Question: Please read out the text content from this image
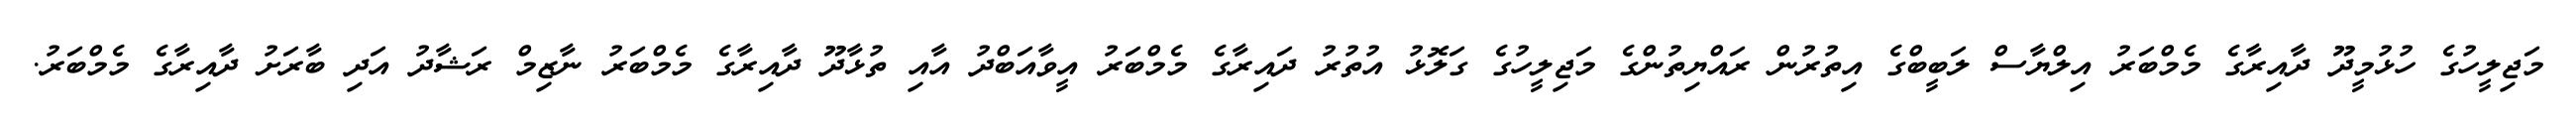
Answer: މަޖިލީހުގެ ހުޅުމީދޫ ދާއިރާގެ މެމްބަރު އިލްޔާސް ލަބީބްގެ އިތުރުން ރައްޔިތުންގެ މަޖިލީހުގެ ގަލޮޅު އުތުރު ދައިރާގެ މެމްބަރު އީވާއަބްދު އާއި ތުޅާދޫ ދާއިރާގެ މެމްބަރު ނާޒިމް ރަޝާދު އަދި ބާރަށު ދާއިރާގެ މެމްބަރު.